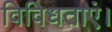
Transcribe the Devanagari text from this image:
विविधताएं।